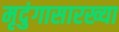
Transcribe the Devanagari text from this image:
मृदुंगासारख्या